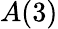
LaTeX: A(3)